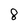
Character: 8